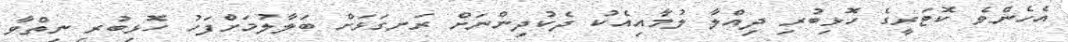
އެހެންވެ ކޮޓަރީގެ ހޮޅިބުރި ދިއްލާ ލުމާއިއެކު ދެކުދިންނަށް ރަނގަޅަށް ބަލާލުމަށްފަހު ހޮޅިބުރި ނިތްވާ